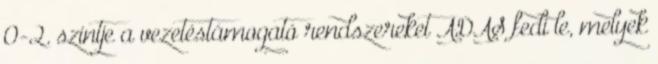
0-2. szintje a vezetéstámogató rendszereket ADAS fedi le, melyek